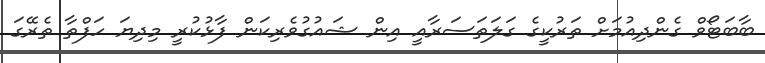
ބާބަޓޯވް ގެންދިއުމަށް ތަރުކީގެ ގަލަތަސަރާއީ އިން ޝައުގުވެރިކަން ފާޅުކުރީ މިދިޔަ ހަފްތާ ތެރޭގަ